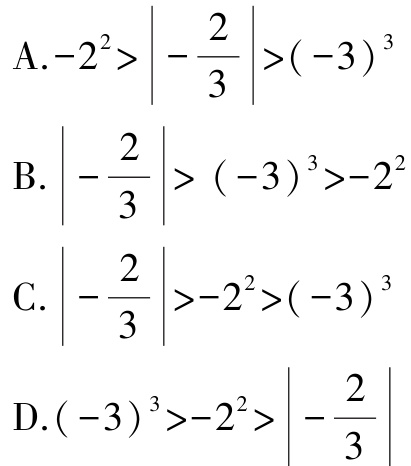
A.$-2^{2}>\left|-\dfrac{2}{3}\right|>(-3)^{3}$

B.$\left|-\dfrac{2}{3}\right|>(-3)^{3}>-2^{2}$

C.$\left|-\dfrac{2}{3}\right|>-2^{2}>(-3)^{3}$

D.$(-3)^{3}>-2^{2}>\left|-\dfrac{2}{3}\right|$